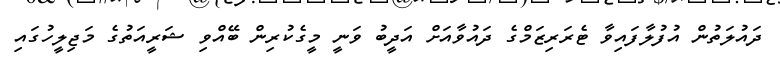
ދައުލަތުން އުފުލާފައިވާ ޓެރަރިޒަމްގެ ދައުވާއަށް އަދީބު ވަނީ މީގެކުރިން ބޭއްވި ޝަރީއަތުގެ މަޖިލީހުގައި